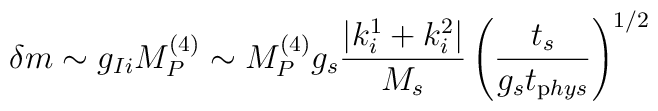
\delta m \sim g_{Ii} M_P^{(4)} \sim M_P^{(4)} g_s \frac{\left|k^1_i +k^2_i\right|}{M_s} \left(\frac{t_s}{g_s t_{\mathrm phys}}\right)^{1/2}